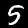
Label: 5